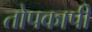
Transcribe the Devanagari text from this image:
तोपकापी